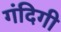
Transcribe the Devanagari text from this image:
गंदिगी